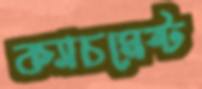
ক্যাচমেন্ট